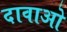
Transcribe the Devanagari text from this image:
दावाओ